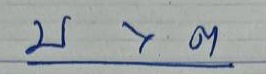
บ x ต